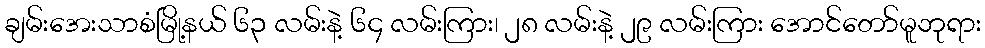
ချမ်းအေးသာစံမြို့နယ် ၆၃ လမ်းနဲ့ ၆၄ လမ်းကြား၊ ၂၈ လမ်းနဲ့ ၂၉ လမ်းကြား အောင်တော်မူဘုရား